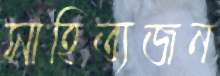
সাহিত্যজন